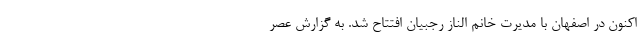
اکنون در اصفهان با مدیرت خانم الناز رجبیان افتتاح شد. به گزارش عصر